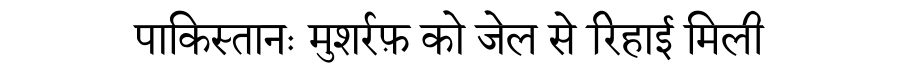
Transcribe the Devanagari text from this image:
पाकिस्तानः मुशर्रफ़ को जेल से रिहाई मिली